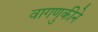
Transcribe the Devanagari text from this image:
वागणुकीने